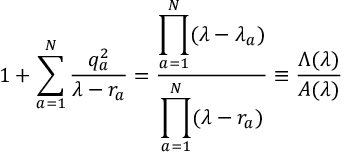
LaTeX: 1 + \sum _ { a = 1 } ^ { N } \frac { q _ { a } ^ { 2 } } { \lambda - r _ { a } } = \frac { \displaystyle \prod _ { a = 1 } ^ { N } ( \lambda - \lambda _ { a } ) } { \displaystyle \prod _ { a = 1 } ^ { N } ( \lambda - r _ { a } ) } \equiv \frac { \Lambda ( \lambda ) } { A ( \lambda ) }